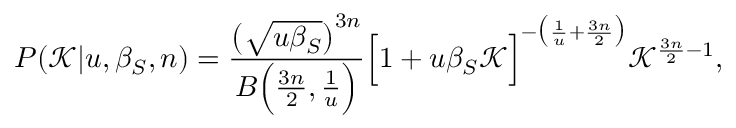
P ( \mathcal { K } | u , \beta _ { S } , n ) = \frac { \big ( \sqrt { u \beta _ { S } } \big ) ^ { 3 n } } { B \Big ( \frac { 3 n } { 2 } , \frac { 1 } { u } \Big ) } \Big [ 1 + u \beta _ { S } \mathcal { K } \Big ] ^ { - \big ( \frac { 1 } { u } + \frac { 3 n } { 2 } \big ) } \mathcal { K } ^ { \frac { 3 n } { 2 } - 1 } ,